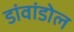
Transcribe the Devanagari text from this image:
डांवांडोल